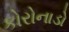
કોરોનાડો